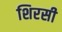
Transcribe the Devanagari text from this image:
शिरसी